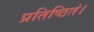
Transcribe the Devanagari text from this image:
प्रतिष्ठितं।